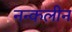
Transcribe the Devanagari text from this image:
नन्कलीन